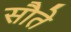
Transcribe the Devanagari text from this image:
सौते